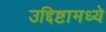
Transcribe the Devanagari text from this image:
उद्दिष्टामध्ये